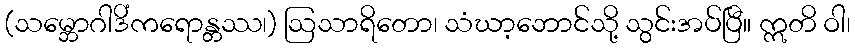
(သမ္ဘောဂါဒိံကရောန္တဿ၊) ဩသာရိတော၊ သံဃာ့ဘောင်သို့ သွင်းအပ်ပြီ။ ဣတိ ဝါ၊